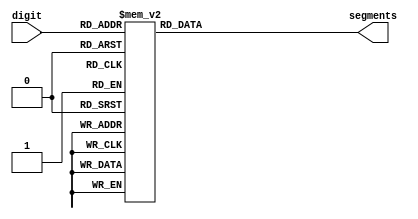
module seven_segment_display(
    input [3:0] digit,
    output reg [6:0] segments
);
    always @(*) begin
        case(digit)
            4'b0000: segments = 7'b0111111; // 0
            4'b0001: segments = 7'b0000110; // 1
            4'b0010: segments = 7'b1011011; // 2
            4'b0011: segments = 7'b1001111; // 3
            4'b0100: segments = 7'b1100110; // 4
            4'b0101: segments = 7'b1101101; // 5
            4'b0110: segments = 7'b1111101; // 6
            4'b0111: segments = 7'b0000111; // 7
            4'b1000: segments = 7'b1111111; // 8
            4'b1001: segments = 7'b1100111; // 9
            default: segments = 7'b0000000; // Blank
        endcase
        $display("Seven Segment: digit = %b, segments = %b", digit, segments);
    end
endmodule